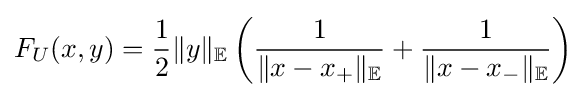
F_{U}(x,y)={\frac {1}{2}}\|y\|_{\mathbb {E} }\left({\frac {1}{\|x-x_{+}\|_{\mathbb {E} }}}+{\frac {1}{\|x-x_{-}\|_{\mathbb {E} }}}\right)